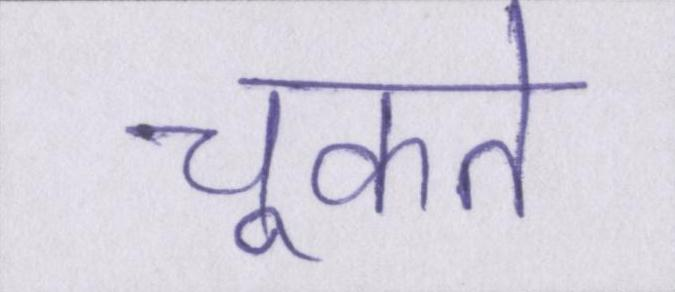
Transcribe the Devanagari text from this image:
चूकते